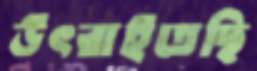
উৎরাইতেছি